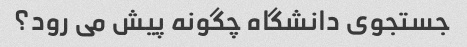
جستجوی دانشگاه چگونه پیش می رود؟